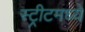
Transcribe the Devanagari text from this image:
स्ट्रीटमध्ये